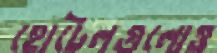
হোটেলগুলোও